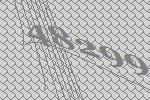
48299